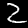
Digit: 2